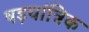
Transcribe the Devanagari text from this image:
षड़यांत्रिक